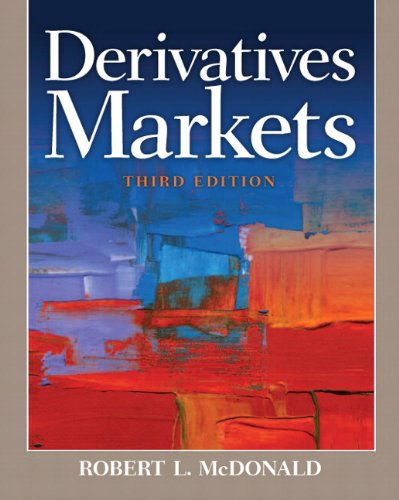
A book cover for Derivatives Markets (3rd Edition) (Pearson Series in Finance); Robert L. McDonald; Business & Money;